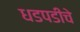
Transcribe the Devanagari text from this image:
धडपडीचे